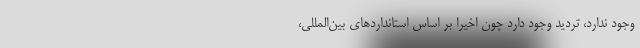
وجود ندارد، تردید وجود دارد چون اخیرا بر اساس استانداردهای بین‌المللی،